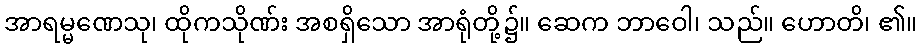
အာရမ္မဏေသု၊ ထိုကသိုဏ်း အစရှိသော အာရုံတို့၌။ ဆေက ဘာဝေါ၊ သည်။ ဟောတိ၊ ၏။